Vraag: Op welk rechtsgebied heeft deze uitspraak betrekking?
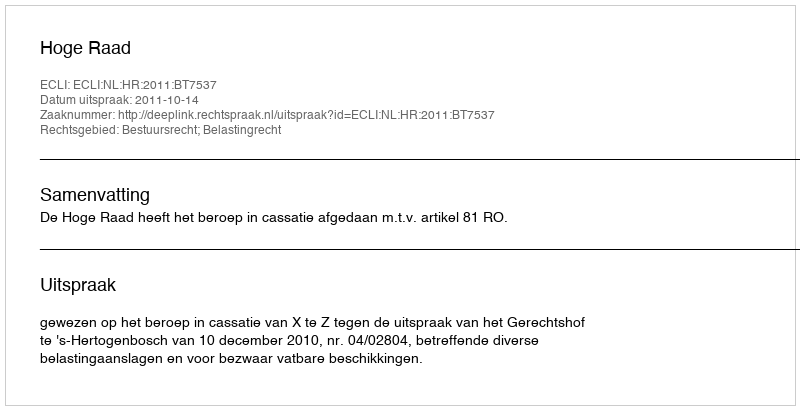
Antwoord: Bestuursrecht; Belastingrecht